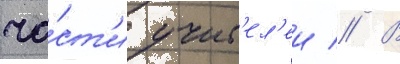
ча́ст'и учит'ел'еи // В